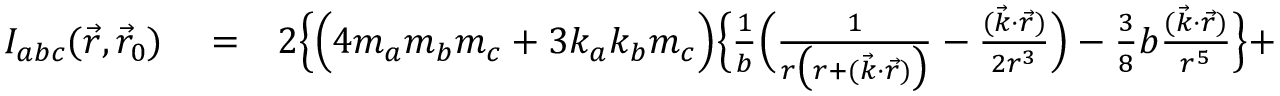
\begin{array} { r l r } { { \cal I } _ { a b c } ( \vec { r } , \vec { r } _ { 0 } ) } & { { } = } & { 2 \Big \{ \Big ( 4 m _ { a } m _ { b } m _ { c } + 3 k _ { a } k _ { b } m _ { c } \Big ) \Big \{ \frac { 1 } { b } \Big ( \frac { 1 } { r \big ( r + ( \vec { k } \cdot \vec { r } ) \big ) } - \frac { ( \vec { k } \cdot \vec { r } ) } { 2 r ^ { 3 } } \Big ) - { \textstyle \frac { 3 } { 8 } } b \frac { ( \vec { k } \cdot \vec { r } ) } { r ^ { 5 } } \Big \} + } \end{array}